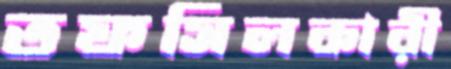
তফসিলকারী